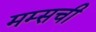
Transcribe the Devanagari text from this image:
मम्सची